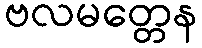
ဗလမတ္တေန